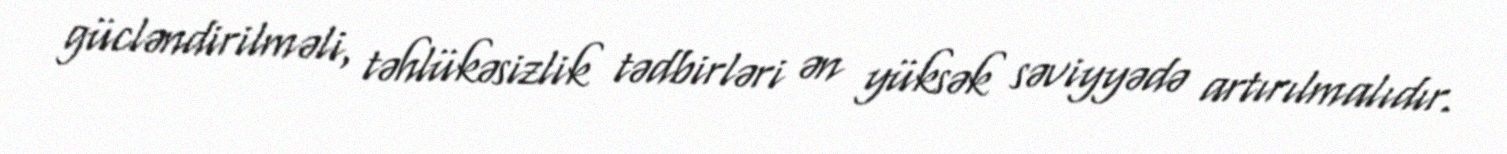
gücləndirilməli, təhlükəsizlik tədbirləri ən yüksək səviyyədə artırılmalıdır.